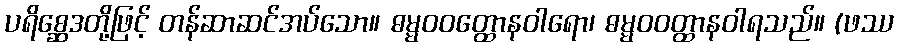
ပရိစ္ဆေဒတို့ဖြင့် တန်ဆာဆင်အပ်သော။ ဓမ္မဝဝတ္ထောနဝါရော၊ ဓမ္မဝဝတ္ထာနဝါရသည်။ (ဖဿ